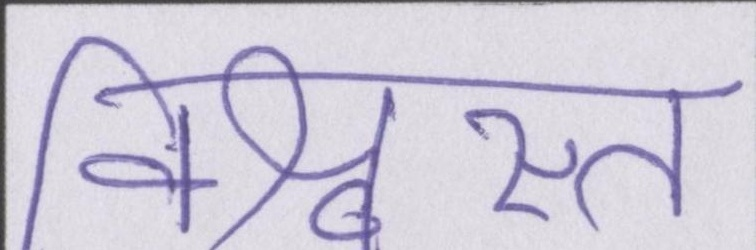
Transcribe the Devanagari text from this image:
विश्वस्त